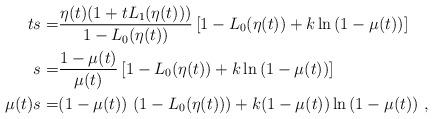
LaTeX: \begin{align*}ts = & \frac{\eta(t) (1+t L_1(\eta(t)))}{1-L_0(\eta(t))} \left[ 1 - L_0(\eta(t)) + k \ln{(1-\mu(t))} \right] \\s = & \frac{1-\mu(t)}{\mu(t)} \left[ 1 - L_0(\eta(t)) + k \ln{(1-\mu(t))} \right] \\\mu(t) s = & (1-\mu(t))\ (1 - L_0(\eta(t))) + k (1-\mu(t)) \ln{(1-\mu(t))}\ ,\end{align*}